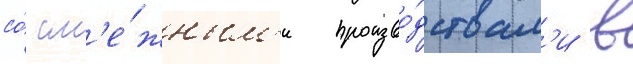
со́ см'е́жным'и произво́дствам'и в